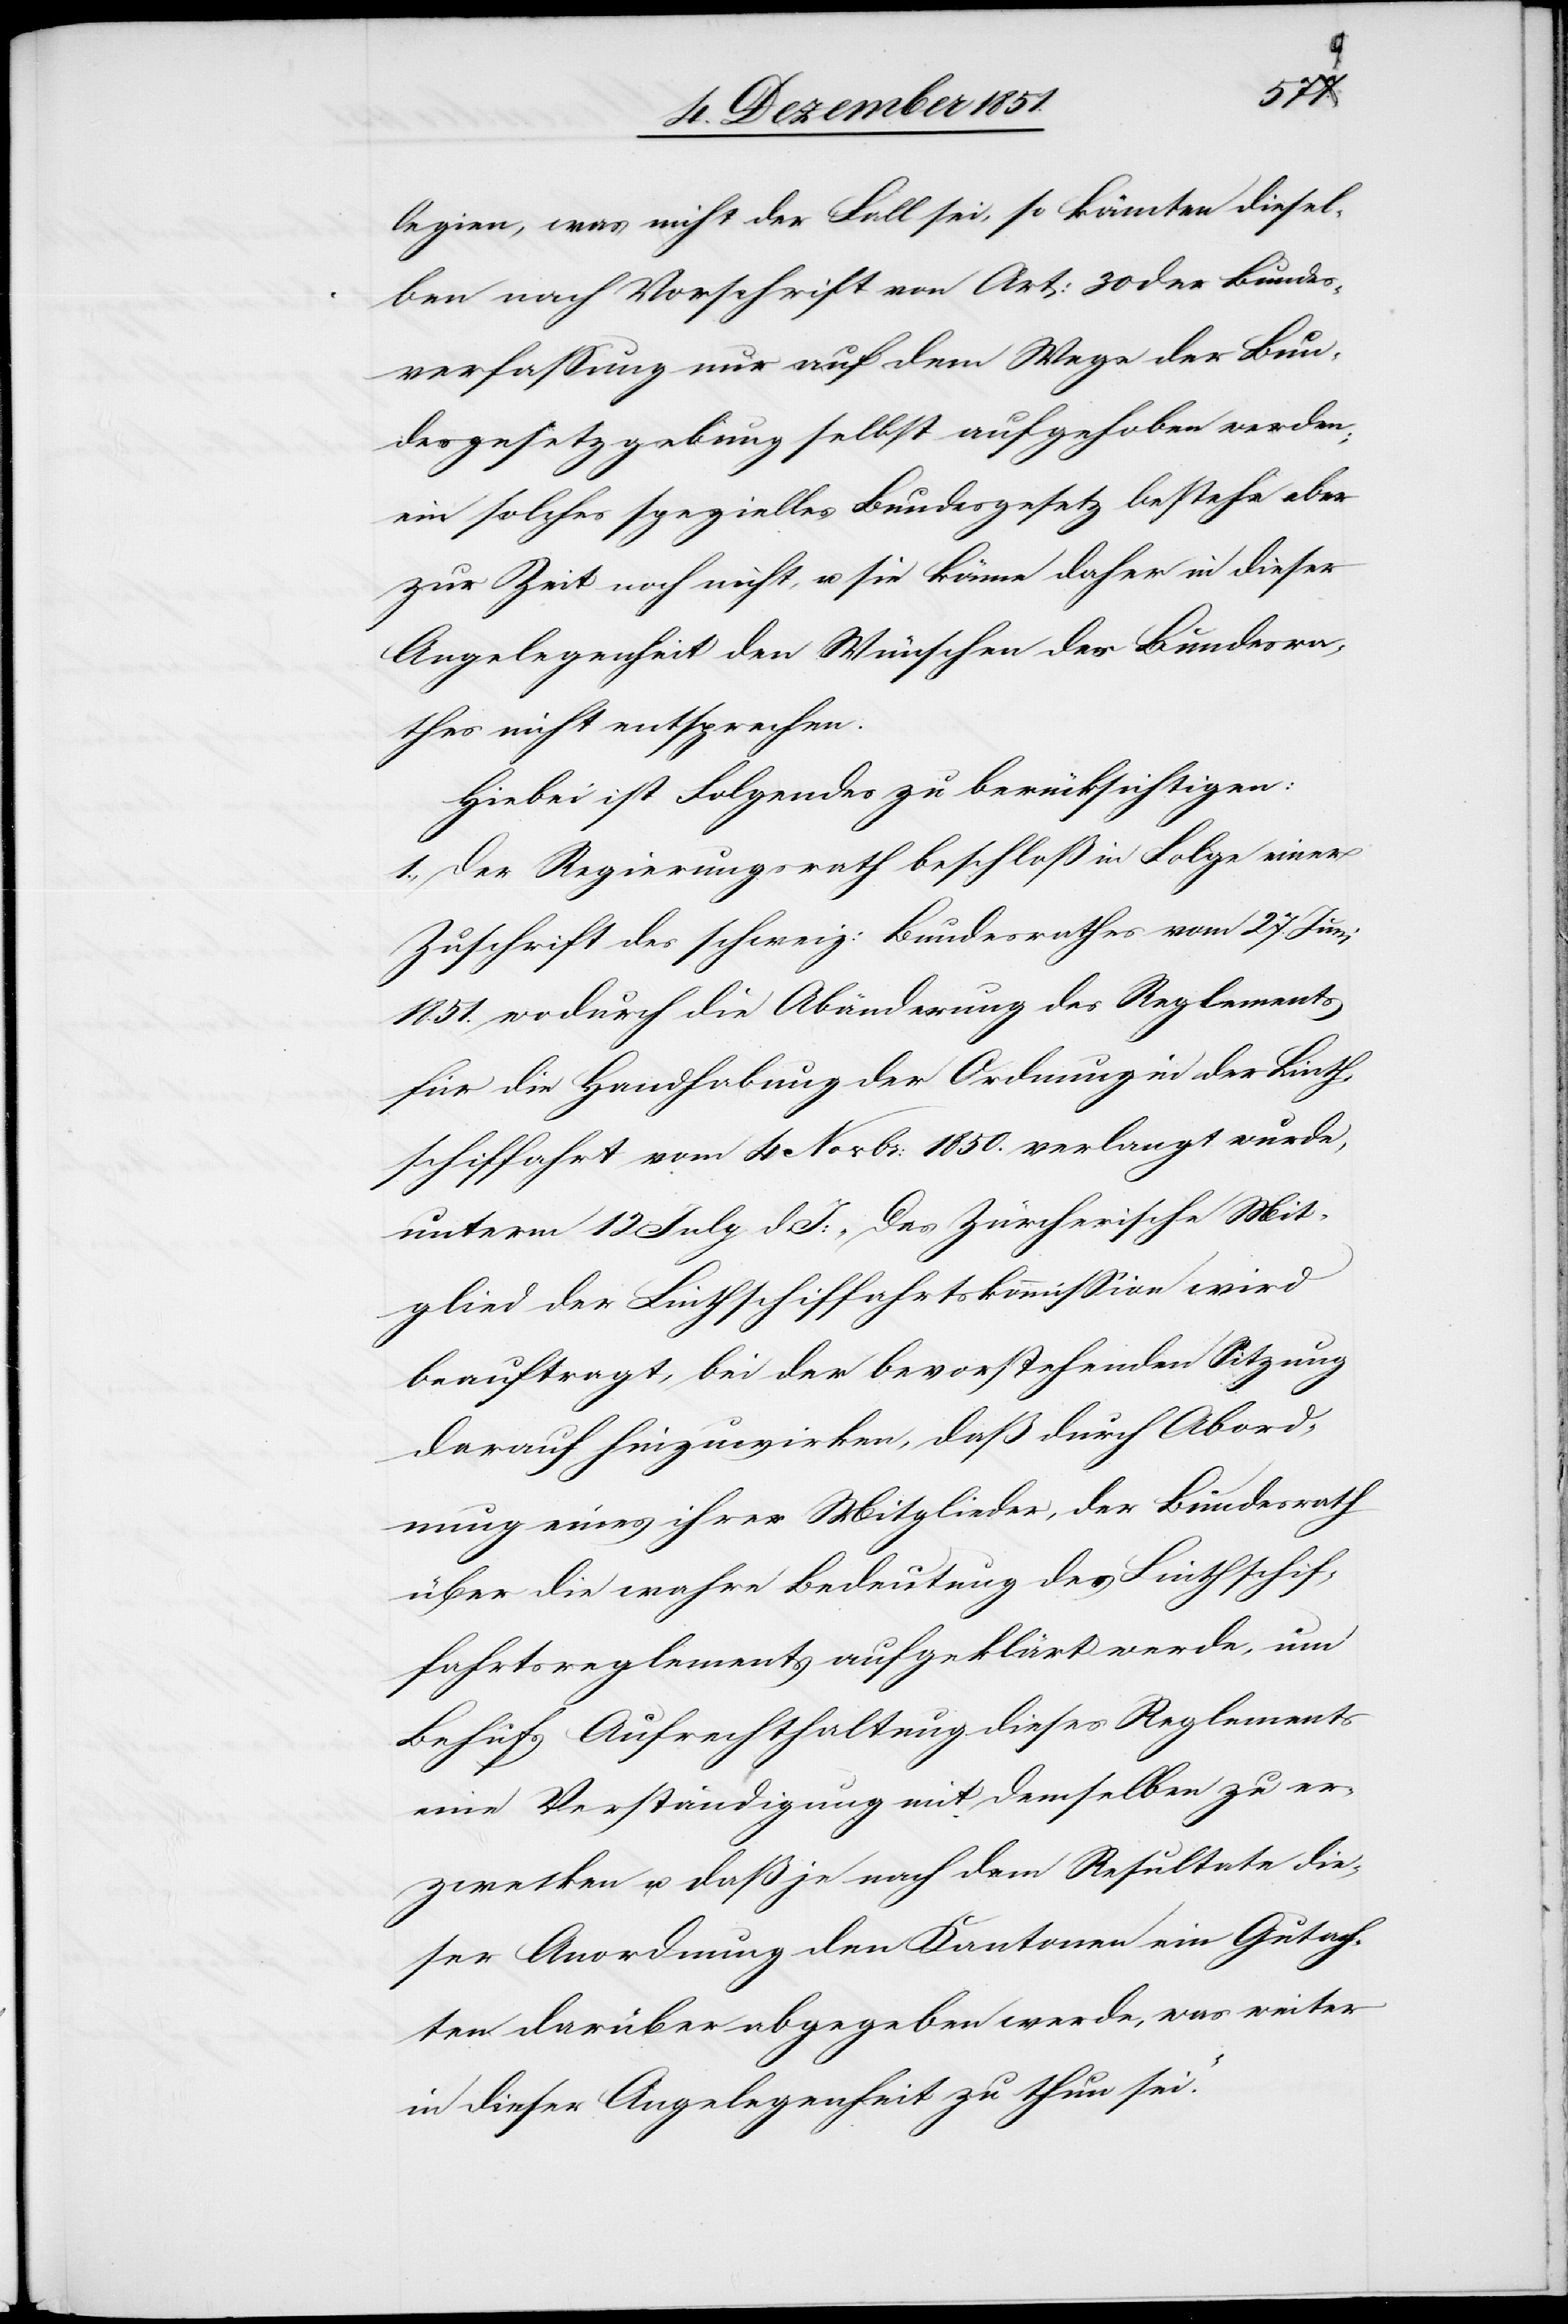
legien, was nicht der Fall sei, so könnten diesel¬
ben nach Vorschrift von Art: 30 der Bundes¬
verfassung nur auf dem Wege der Bun¬
desgesetzgebung selbst aufgehoben werden;
ein solches spezielles Bundesgesetz bestehe aber
zur Zeit noch nicht, u. sie könne daher in dieser
Angelegenheit den Wünschen des Bundesra¬
thes nicht entsprechen.
Hiebei ist Folgendes zu berücksichtigen:
1., Der Regierungsrath beschloß in Folge einer
Zuschrift des schweiz: Bundesrathes vom 27. Juni
1851. wodurch die Abänderung des Reglements
für die Handhabung der Ordnung in der Linth¬
schiffahrt vom 4 Novbr: 1850. verlangt wurde,
unterm 12 July d. J: „Das Zürcherische Mit¬
glied der Linthschiffahrtskommission wird
beauftragt, bei der bevorstehenden Sitzung
darauf hinzuwirken, daß durch Abord¬
nung eines ihrer Mitglieder, der Bundesrath
über die wahre Bedeutung des Linthschif¬
fahrtsreglements aufgeklärt werde, um
Behufs Aufrechthaltung dieses Reglements
eine Verständigung mit demselben zu er¬
zwecken u. daß je nach dem Resultate die¬
ser Anordnung den Kantonen ein Gutach¬
ten darüber abgegeben werde, was weiter
in dieser Angelegenheit zu thun sei.“